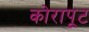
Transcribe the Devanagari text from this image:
कोरापूट